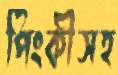
পিংকীসহ